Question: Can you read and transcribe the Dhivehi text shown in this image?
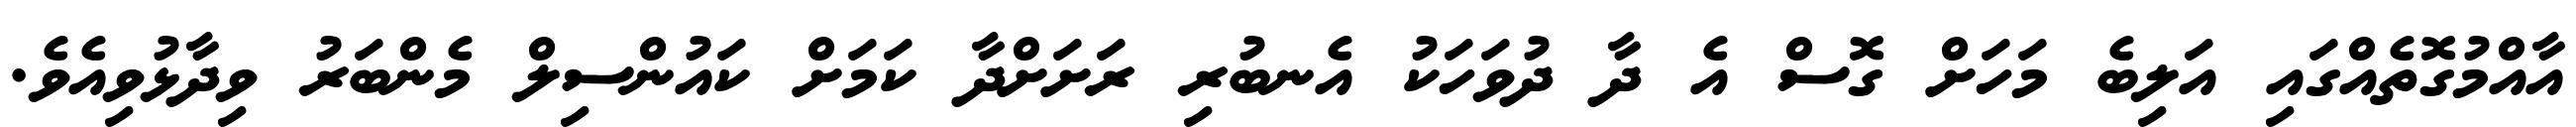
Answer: އާއްމުގޮތެއްގައި އަލިބެ މަހަށް ގޮސް އެ ދާ ދުވަހަކު އެނބުރި ރަށަށްދާ ކަމަށް ކައުންސިލް މެންބަރު ވިދާޅުވިއެވެ.